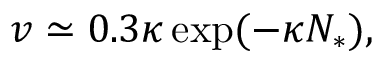
v \simeq 0 . 3 \kappa \exp ( - \kappa N _ { * } ) ,